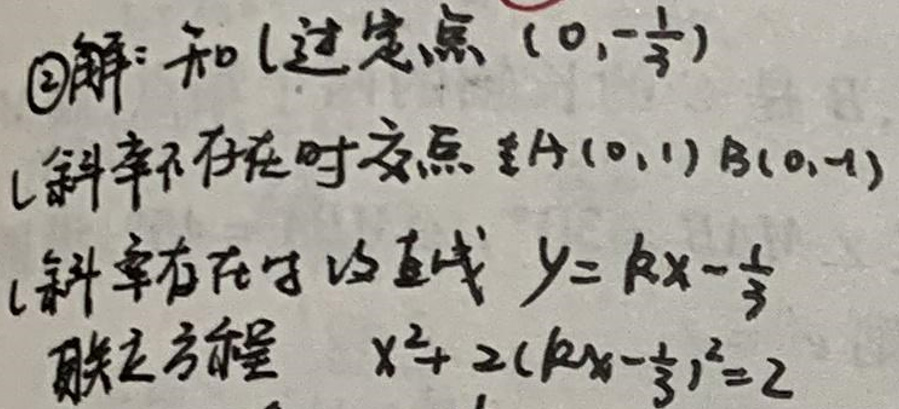
$\textcircled{2}$解：和（过定点\((0,-\frac{1}{3})\)

斜率不存在时交点\(A(0,1)\) \(B(0,-1)\)

斜率存在时直线\(y = kx-\frac{1}{3}\)

联立方程\(x^{2}+2\left(kx-\frac{1}{3}\right)^{2}=2\)